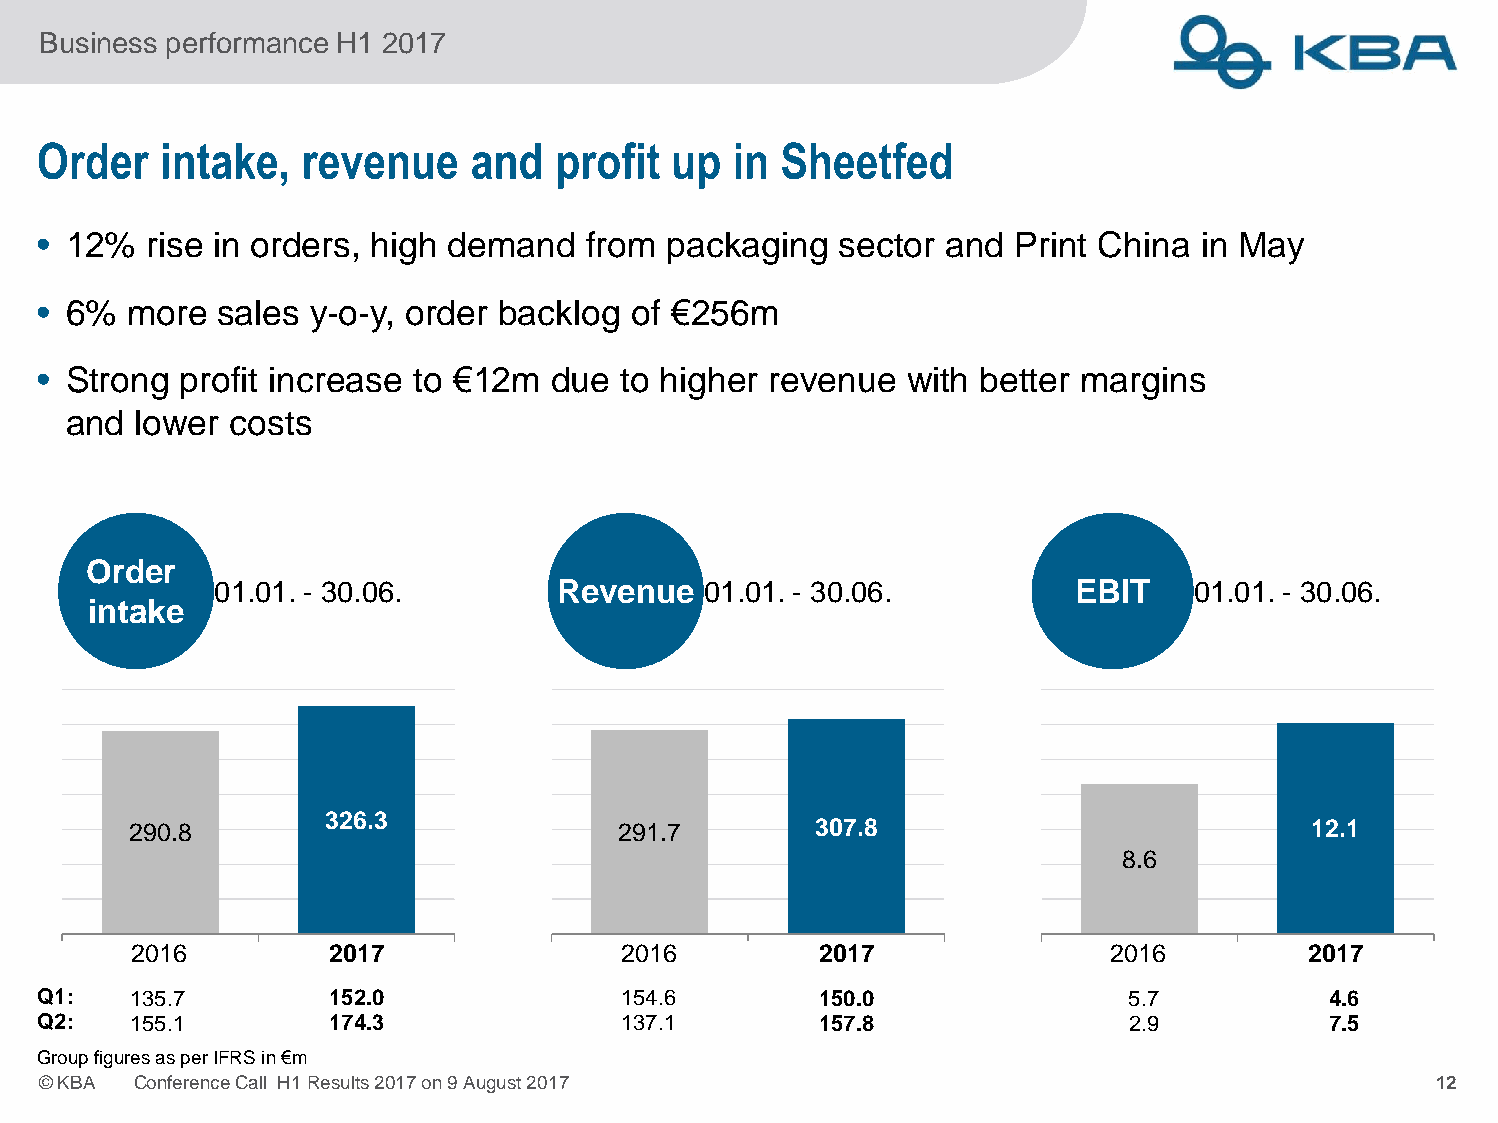
Business performance H1 2017
 Order   intake,   revenue    and  profit  up  in Sheetfed
 • 12%  rise in orders, high demand  from  packaging  sector and  Print China in May
 • 6%  more  sales y-o-y, order backlog of €256m
 • Strong profit increase to €12m  due  to higher revenue  with better margins
 and lower  costs
 OOrrddeerr
 01.01. - 30.06.       RReevveennuuee 01.01. - 30.06.     EEBBIITT 01.01. - 30.06.
 iinnttaakkee
 326.3
 290.8                           291.7        307.8                            12.1
 8.6
 2016         2017                2016         2017               2016         2017
 Q1:   135.7        152.0               154.6        150.0               5.7           4.6
 Q2:   155.1        174.3               137.1        157.8               2.9           7.5
 GroupfiguresasperIFRSin€m
 ©KBA  ConferenceCall H1Results2017on9August2017                                              12